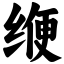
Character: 缏